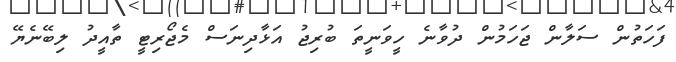
ފަހަތުން ސަލާން ޖަހަމުން ދުވާނެ ހީވަނީތަ ބުރިޖު އަޅާދިނަސް މެޖޯރިޓީ ތާއީދު ލިބޭނެޔޭ